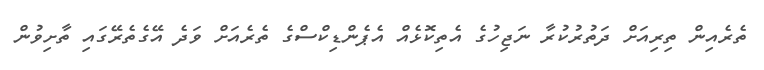
ތެރެއިން ތިރިއަށް ދަތުރުކުރާ ނަޖިހުގެ އެތިކޮޅެއް އެޕެންޑިކްސްގެ ތެރެއަށް ވަދެ އޭގެތެރޭގައި ތާށިވުން